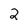
Character: 2